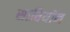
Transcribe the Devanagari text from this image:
साबियॉन